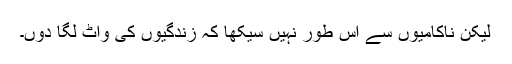
لیکن ناکامیوں سے اس طور نہیں سیکھا کہ زندگیوں کی واٹ لگا دوں۔